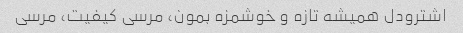
اشترودل همیشه تازه و خوشمزه بمون، مرسی کیفیت، مرسی